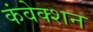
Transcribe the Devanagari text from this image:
कंवेक्शन